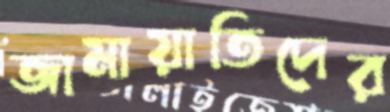
জামায়াতিদের